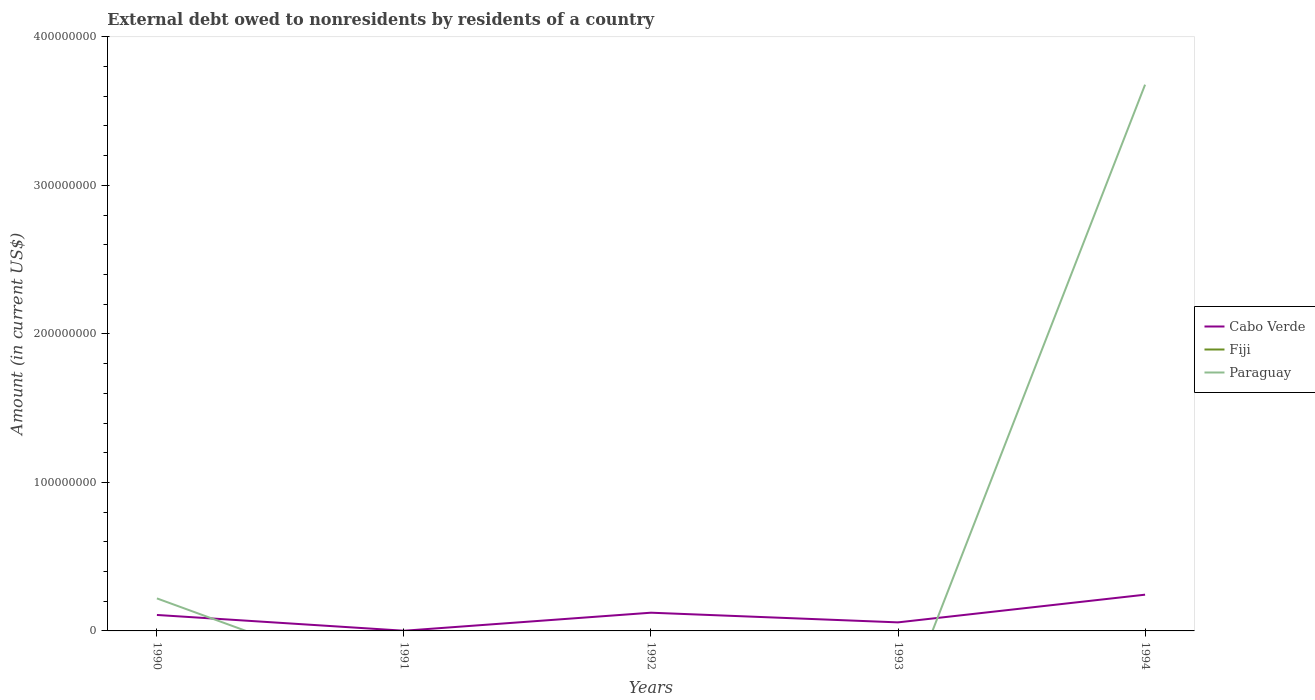
| Years | Cabo Verde | Fiji | Paraguay |
 | --- | --- | --- | --- |
 | 1990 | 1.07e+07 | -4.23e+07 | 2.19e+07 |
 | 1991 | 1.22e+05 | -3.51e+07 | -3.88e+07 |
 | 1992 | 1.23e+07 | -5.89e+06 | -2.8e+08 |
 | 1993 | 5.76e+06 | -1.01e+07 | -5.96e+07 |
 | 1994 | 2.44e+07 | -6.58e+07 | 3.68e+08 |